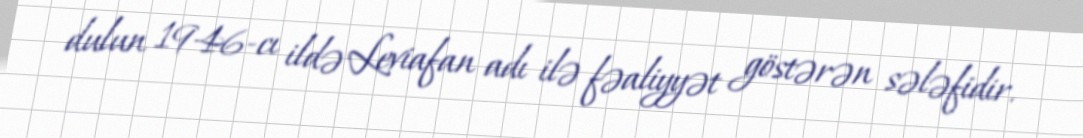
dulun 1946-cı ildə Leviafan adı ilə fəaliyyət göstərən sələfidir.